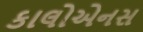
કાલોએનસ